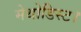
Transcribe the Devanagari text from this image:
मेथोडिस्ट।